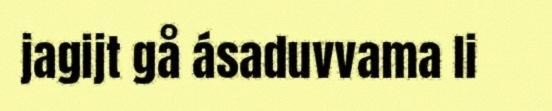
jagijt gå ásaduvvama li